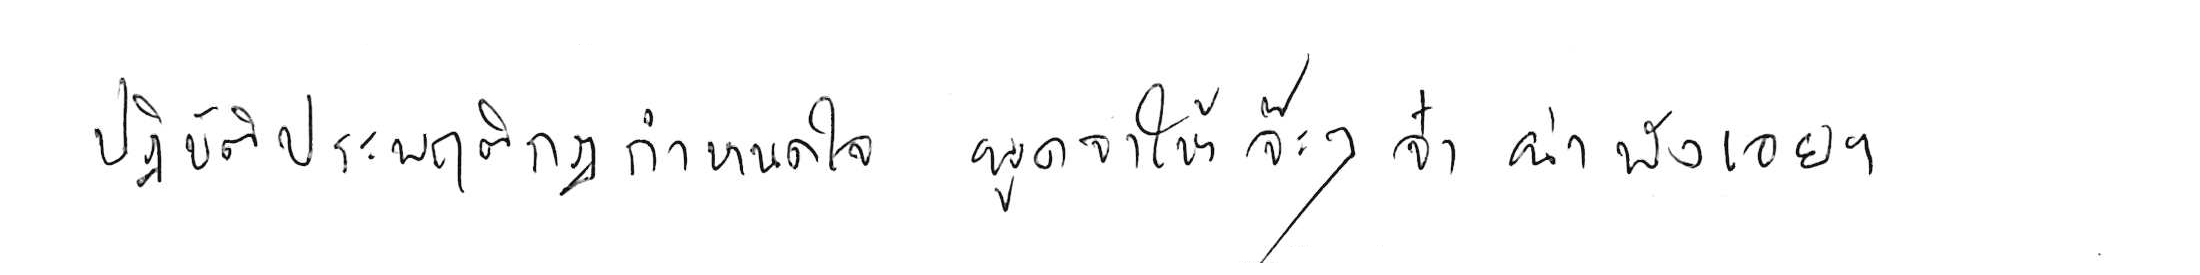
ปฏิบัติประพฤติกฎกำหนดใจ พูดจาให้จ๊ะๆ จ๋า น่าฟังเอยฯ